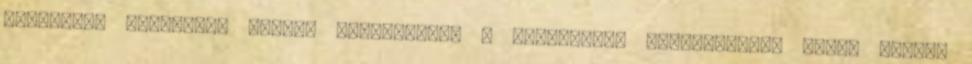
filmekről láthattok írásos kritikákat. A CinemaLion sorozatomban pedig videós